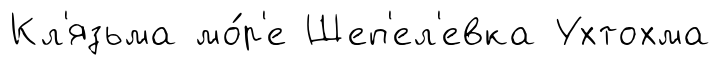
Кл'язьма мо́р'е Шеп'ел'евка Ухтохма